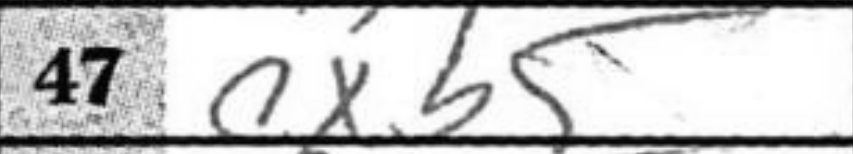
Transcription: cxb5